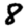
Digit: 8